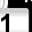
Digit: 1